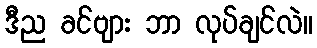
ဒီည ခင်ဗျား ဘာ လုပ်ချင်လဲ။